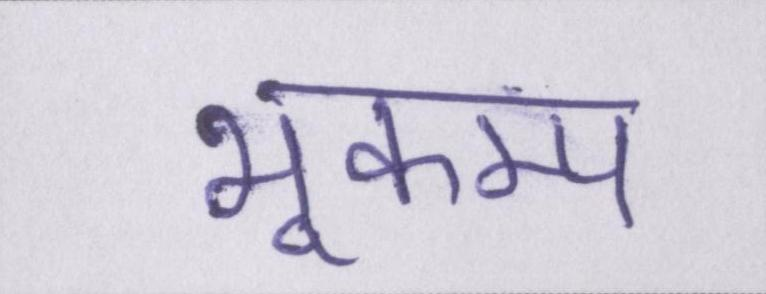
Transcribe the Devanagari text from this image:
भूकम्प